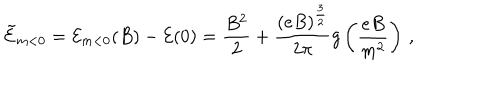
LaTeX: { \tilde { \cal { E } } } _ { m < 0 } = { \cal { E } } _ { m < 0 } ( B ) - { \cal { E } } ( 0 ) = \frac { B ^ { 2 } } { 2 } + \frac { ( e B ) ^ { \frac { 3 } { 2 } } } { 2 \pi } g \left( \frac { e B } { m ^ { 2 } } \right) \, ,